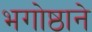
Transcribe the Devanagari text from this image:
भगोष्ठाने